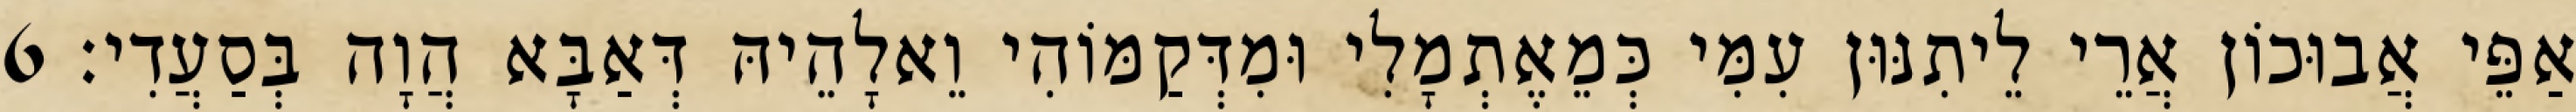
אַפֵּי אֲבוּכוֹן אֲרֵי לֵיתִנּוּן עִמִּי כְּמֵאֶתְמָלִי וּמִדְּקַמּוֹהִי וֵאלָהֵיהּ דְּאַבָּא הֲוָה בְּסַעֲדִי׃ 6